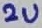
Text: 2u